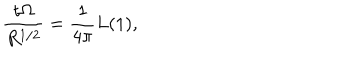
{ \frac { t \Omega } { R ^ { 1 / 2 } } } = { \frac { 1 } { 4 \pi } } L ( 1 ) ,